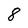
Character: 8